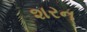
શરન